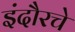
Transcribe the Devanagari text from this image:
इंदौरचे